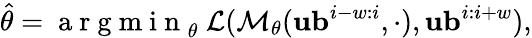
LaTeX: \begin{array}{r}{\hat{\theta}=\mathrm{~a~r~g~m~i~n~}_{{\theta}}\ \mathcal{L}(\mathcal{M}_{\theta}(\mathbf{ub}^{i-w:i},\cdot),\mathbf{ub}^{i:i+w}),}\end{array}